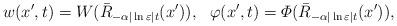
LaTeX: \begin{align*}w(x',t)=W(\bar{R}_{-\alpha|\ln\varepsilon| t}(x')),\ \ \varphi(x',t)=\varPhi(\bar{R}_{-\alpha|\ln\varepsilon| t}(x')),\end{align*}